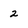
Character: 2